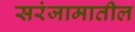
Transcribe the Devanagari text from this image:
सरंजामातील